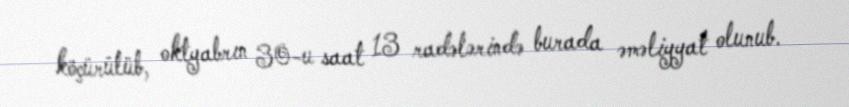
köçürülüb, oktyabrın 30-u saat 13 radələrində burada əməliyyat olunub.